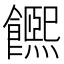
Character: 𩟄